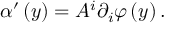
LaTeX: \alpha ^ { \prime } \left( y \right) = A ^ { i } \partial _ { i } \varphi \left( y \right) .